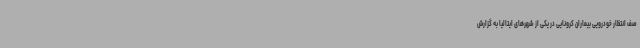
صف انتظار خودرویی بیماران کرونایی در یکی از شهرهای ایتالیا به گزارش